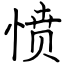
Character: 愤